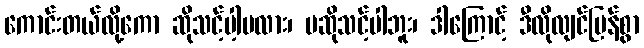
ကောင်းတယ်လို့ကော ဆိုသင့်ပါ့မလား၊ မဆိုသင့်ပါဘူး၊ ဒါကြောင့် ဒီလိုလျင်မြန်စွာ